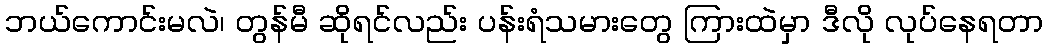
ဘယ်ကောင်းမလဲ၊ တွန်မီ ဆိုရင်လည်း ပန်းရံသမားတွေ ကြားထဲမှာ ဒီလို လုပ်နေရတာ